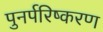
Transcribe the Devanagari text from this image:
पुनर्परिष्करण